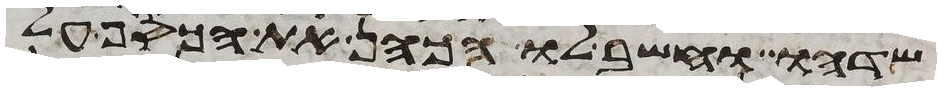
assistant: שדהו וחשב לו הכהן את הכסף על